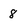
Character: 8